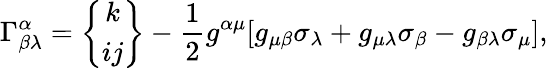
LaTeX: \Gamma_{\beta\lambda}^{\alpha}=\left\{ \begin{array}{c}{k}\\ {ij}\end{array}\right\} -\frac{1}{2}g^{\alpha\mu}[g_{\mu\beta}\sigma_{\lambda}+g_{\mu\lambda}\sigma_{\beta}-g_{\beta\lambda}\sigma_{\mu}],